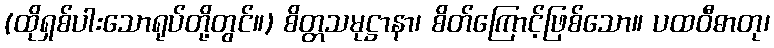
(ထိုရှစ်ပါးသောရုပ်တို့တွင်။) စိတ္တသမုဋ္ဌာနာ၊ စိတ်ကြောင့်ဖြစ်သော။ ပထဝီဓာတု၊